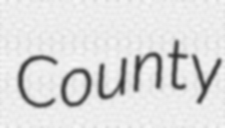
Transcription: County